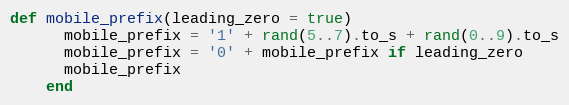
Language: Ruby
def mobile_prefix(leading_zero = true)
      mobile_prefix = '1' + rand(5..7).to_s + rand(0..9).to_s
      mobile_prefix = '0' + mobile_prefix if leading_zero
      mobile_prefix
    end